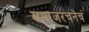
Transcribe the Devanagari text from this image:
समाजरचनेचं